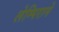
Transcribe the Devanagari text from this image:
लेम्पिराने